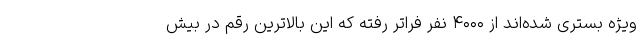
ویژه بستری شده‌اند از ۴۰۰۰ نفر فراتر رفته که این بالاترین رقم در بیش